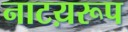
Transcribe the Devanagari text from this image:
नाटय़रूप